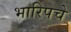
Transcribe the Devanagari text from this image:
भारिपचे